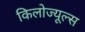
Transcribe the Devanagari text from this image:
किलोज्यूल्स